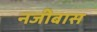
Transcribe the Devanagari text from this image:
नजीबास